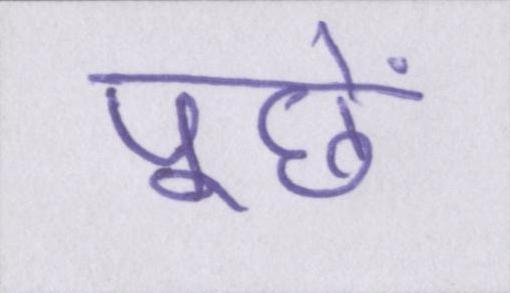
पूछें